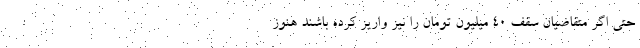
حتی اگر متقاضیان سقف ۴۰ میلیون تومان را نیز واریز کرده باشند هنوز